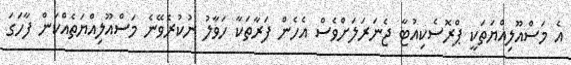
އެ މަސްއޫލިއްޔަތަކީ ޕްރޮސެކިއުޓާ ޖެނަރަލަށްވެސް އެހެން ފަރާތަކާ ހަވާލު ނުކުރެވޭނެ މަސްއޫލިއްޔަތެއްކަން ފާހަގަ